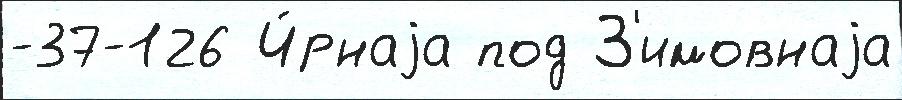
-37-126 Ч́рнаjа под З'имовнаjа